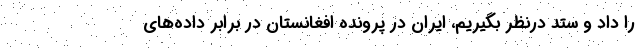
را داد و ستد درنظر بگیریم، ایران در پرونده افغانستان در برابر داده‌های